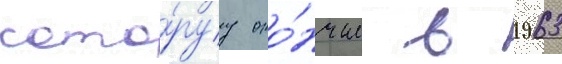
кото́руу око́нчил в 1963